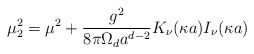
\begin{align*}\mu_2^2=\mu^2+{g^2\over8{\pi}\Omega_d a^{d-2}}K_{\nu}(\kappa a)I_{\nu}(\kappa a)\end{align*}